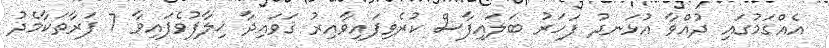
އެއްގަމުގައި ދުއްވާ އުޅަނދު ފަހަރު ބަލައިފާސް ކުރެވިފައިވާއިރު ޤަވައިދާ ޚިލާފުވެފައިވާ 7 ފަރާތަކާމެދު